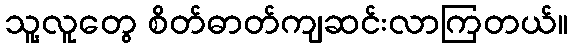
သူ့လူတွေ စိတ်ဓာတ်ကျဆင်းလာကြတယ်။